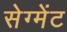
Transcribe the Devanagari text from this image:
सेग्मेंट